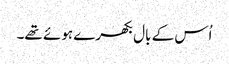
اُس کے بال بکھرے ہوئے تھے۔